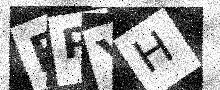
Text: BPYH